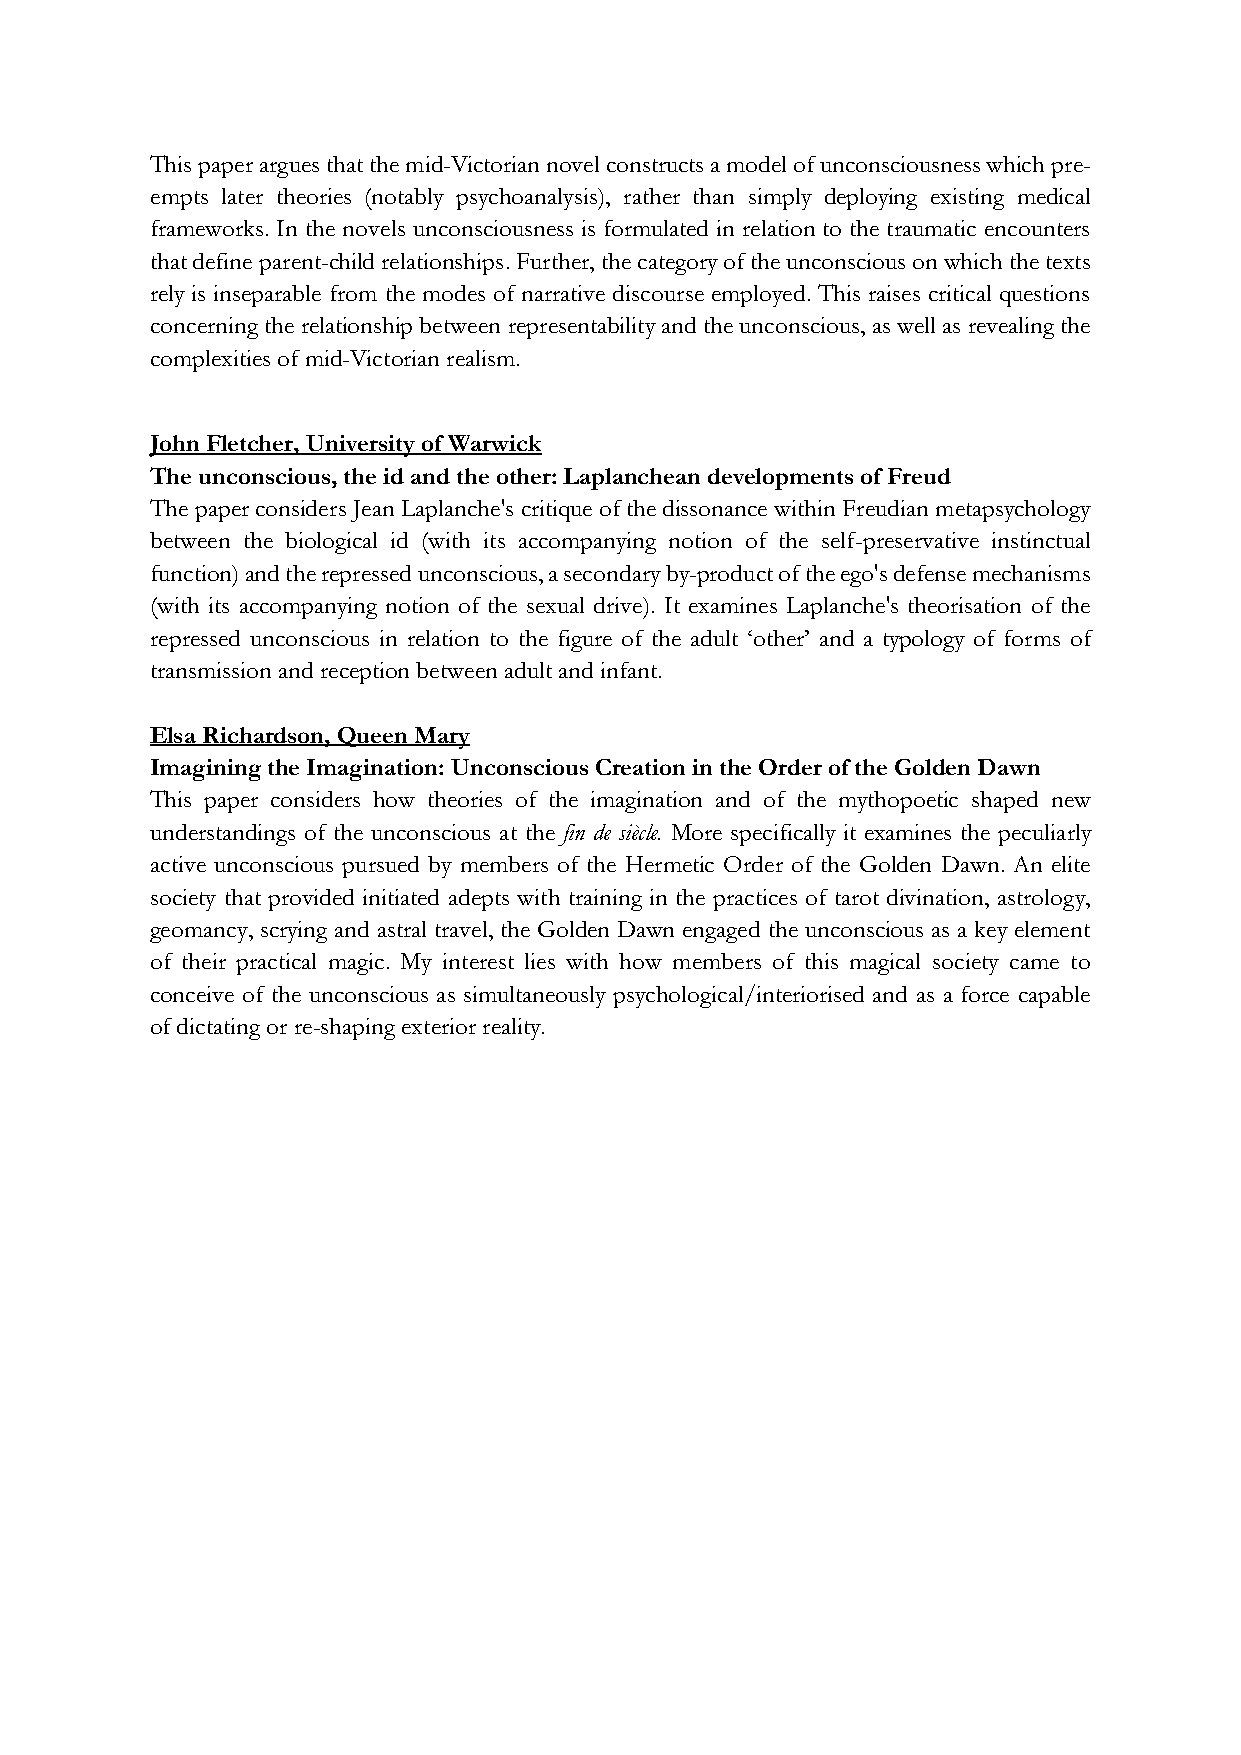
This paper argues that the mid-Victorian novel constructs a model of unconsciousness which pre-
 empts later theories (notably psychoanalysis), rather than simply deploying existing medical
 frameworks. In the novels unconsciousness is formulated in relation to the traumatic encounters
 that define parent-child relationships. Further, the category of the unconscious on which the texts
 rely is inseparable from the modes of narrative discourse employed. This raises critical questions
 concerning the relationship between representability and the unconscious, as well as revealing the
 complexities of mid-Victorian realism.
 John Fletcher, University of Warwick
 The unconscious, the id and the other: Laplanchean developments of Freud
 The paper considers Jean Laplanche's critique of the dissonance within Freudian metapsychology
 between the biological id (with its accompanying notion of the self-preservative instinctual
 function) and the repressed unconscious, a secondary by-product of the ego's defense mechanisms
 (with its accompanying notion of the sexual drive). It examines Laplanche's theorisation of the
 repressed unconscious in relation to the figure of the adult ‘other’ and a typology of forms of
 transmission and reception between adult and infant.
 Elsa Richardson, Queen Mary
 Imagining the Imagination: Unconscious Creation in the Order of the Golden Dawn
 This paper considers how theories of the imagination and of the mythopoetic shaped new
 understandings of the unconscious at the fin de siècle. More specifically it examines the peculiarly
 active unconscious pursued by members of the Hermetic Order of the Golden Dawn. An elite
 society that provided initiated adepts with training in the practices of tarot divination, astrology,
 geomancy, scrying and astral travel, the Golden Dawn engaged the unconscious as a key element
 of their practical magic. My interest lies with how members of this magical society came to
 conceive of the unconscious as simultaneously psychological/interiorised and as a force capable
 of dictating or re-shaping exterior reality.